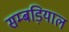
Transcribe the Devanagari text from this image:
सम्बड़ियाल